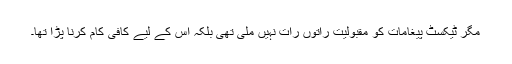
مگر ٹیکسٹ پیغامات کو مقبولیت راتوں رات نہیں ملی تھی بلکہ اس کے لیے کافی کام کرنا پڑا تھا۔